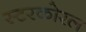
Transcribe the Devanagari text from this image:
स्टरकोरल